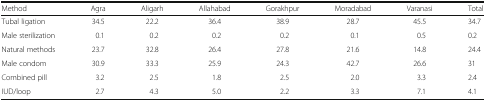
<table><thead><tr><td><b>Method</b></td><td><b>Agra</b></td><td><b>Aligarh</b></td><td><b>Allahabad</b></td><td><b>Gorakhpur</b></td><td><b>Moradabad</b></td><td><b>Varanasi</b></td><td><b>Total</b></td></tr></thead><tbody><tr><td>Tubal ligation</td><td>34.5</td><td>22.2</td><td>36.4</td><td>38.9</td><td>28.7</td><td>45.5</td><td>34.7</td></tr><tr><td>Male sterilization</td><td>0.1</td><td>0.2</td><td>0.2</td><td>0.2</td><td>0.1</td><td>0.5</td><td>0.2</td></tr><tr><td>Natural methods</td><td>23.7</td><td>32.8</td><td>26.4</td><td>27.8</td><td>21.6</td><td>14.8</td><td>24.4</td></tr><tr><td>Male condom</td><td>30.9</td><td>33.3</td><td>25.9</td><td>24.3</td><td>42.7</td><td>26.6</td><td>31</td></tr><tr><td>Combined pill</td><td>3.2</td><td>2.5</td><td>1.8</td><td>2.5</td><td>2.0</td><td>3.3</td><td>2.4</td></tr><tr><td>IUD/loop</td><td>2.7</td><td>4.3</td><td>5.0</td><td>2.2</td><td>3.3</td><td>7.1</td><td>4.1</td></tr></tbody></table>